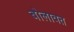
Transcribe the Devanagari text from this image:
बोलावत